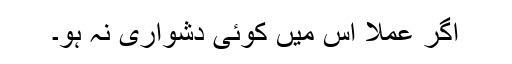
اگر عملاً اس میں کوئی دشواری نہ ہو۔